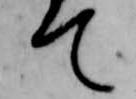
て